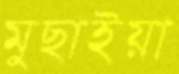
মুছাইয়া